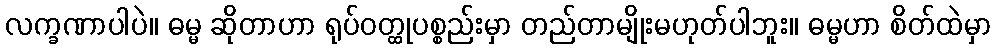
လက္ခဏာပါပဲ။ ဓမ္မ ဆိုတာဟာ ရုပ်ဝတ္ထုပစ္စည်းမှာ တည်တာမျိုးမဟုတ်ပါဘူး။ ဓမ္မဟာ စိတ်ထဲမှာ